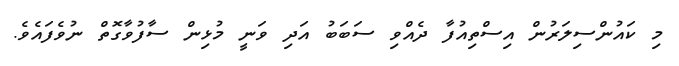
މި ކައުންސިލަރުން އިސްތިއުފާ ދެއްވި ސަބަބު އަދި ވަނީ މުޅިން ސާފުވާގޮތް ނުވެފައެވެ.